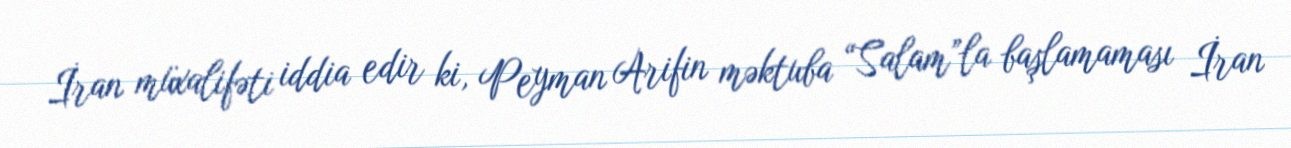
İran müxalifəti iddia edir ki, Peyman Arifin məktuba “Salam”la başlamaması İran